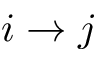
i \rightarrow j